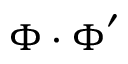
\boldsymbol \Phi \boldsymbol \cdot \boldsymbol \Phi ^ { \prime }